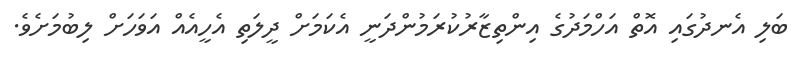
ބަލި އެނދުގައި އޮތް އަހްމަދުގެ އިންތިޒާރުކުރަމުންދަނީ އެކަމަށް ދީލަތި އެހީއެއް އަވަހަށް ލިބުމަށެވެ.